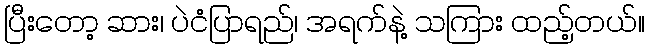
ပြီးတော့ ဆား၊ ပဲငံပြာရည်၊ အရက်နဲ့ သကြား ထည့်တယ်။